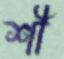
শী